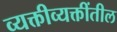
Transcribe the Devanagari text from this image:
व्यक्तीव्यक्तींतील